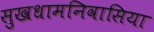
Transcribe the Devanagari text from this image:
सुखधामनिवासिया